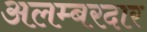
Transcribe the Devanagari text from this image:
अलम्बरदार